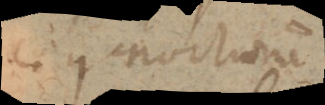
aequinoctiorum